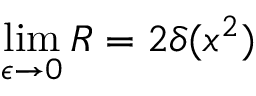
\operatorname * { l i m } _ { \epsilon \to 0 } R = 2 \delta ( x ^ { 2 } )